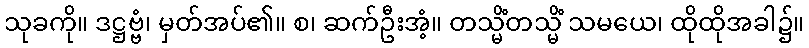
သုခကို။ ဒဋ္ဌဗ္ဗံ၊ မှတ်အပ်၏။ စ၊ ဆက်ဦးအံ့။ တသ္မိံတသ္မိံ သမယေ၊ ထိုထိုအခါ၌။